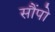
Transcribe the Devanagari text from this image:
सौंपो